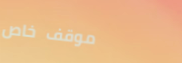
موقف خاص